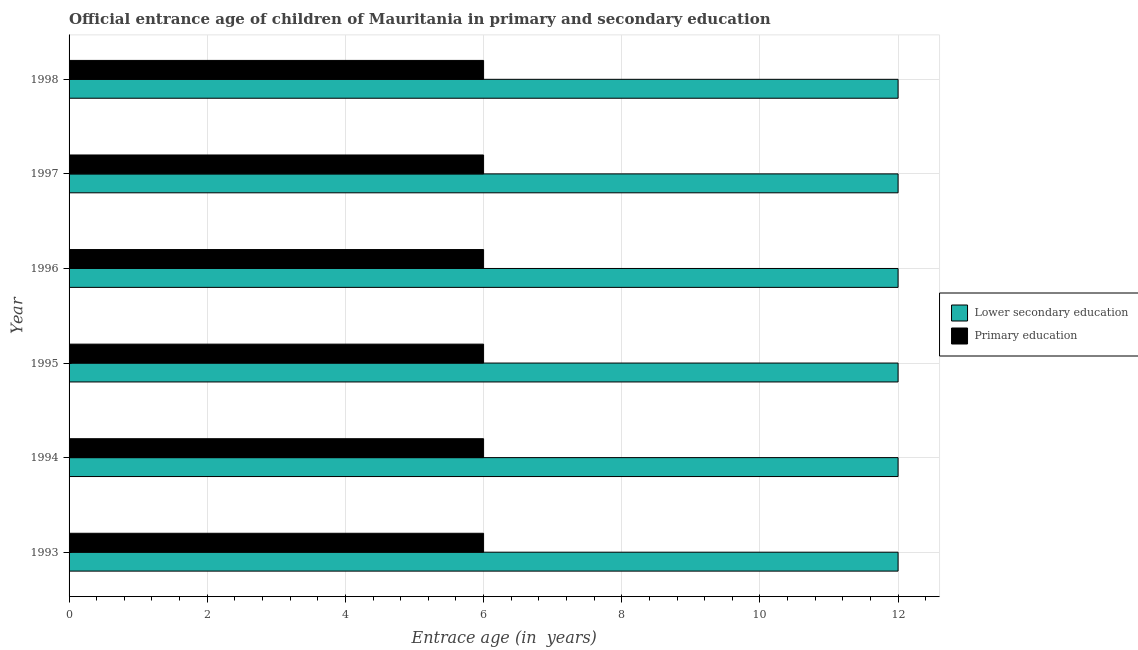
| Year | Lower secondary education | Primary education |
 | --- | --- | --- |
 | 1993 | 12 | 6 |
 | 1994 | 12 | 6 |
 | 1995 | 12 | 6 |
 | 1996 | 12 | 6 |
 | 1997 | 12 | 6 |
 | 1998 | 12 | 6 |